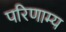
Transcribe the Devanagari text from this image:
परिणाम्य